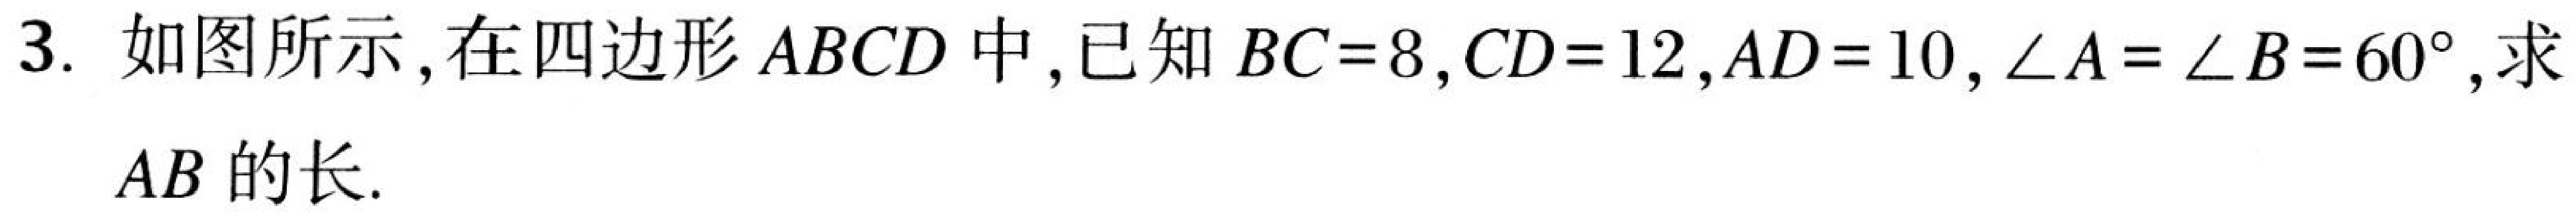
3. 如图所示，在四边形\(ABCD\)中，已知\(BC = 8\)，\(CD = 12\)，\(AD = 10\)，\(\angle A=\angle B = 60^{\circ}\)，求\(AB\)的长.